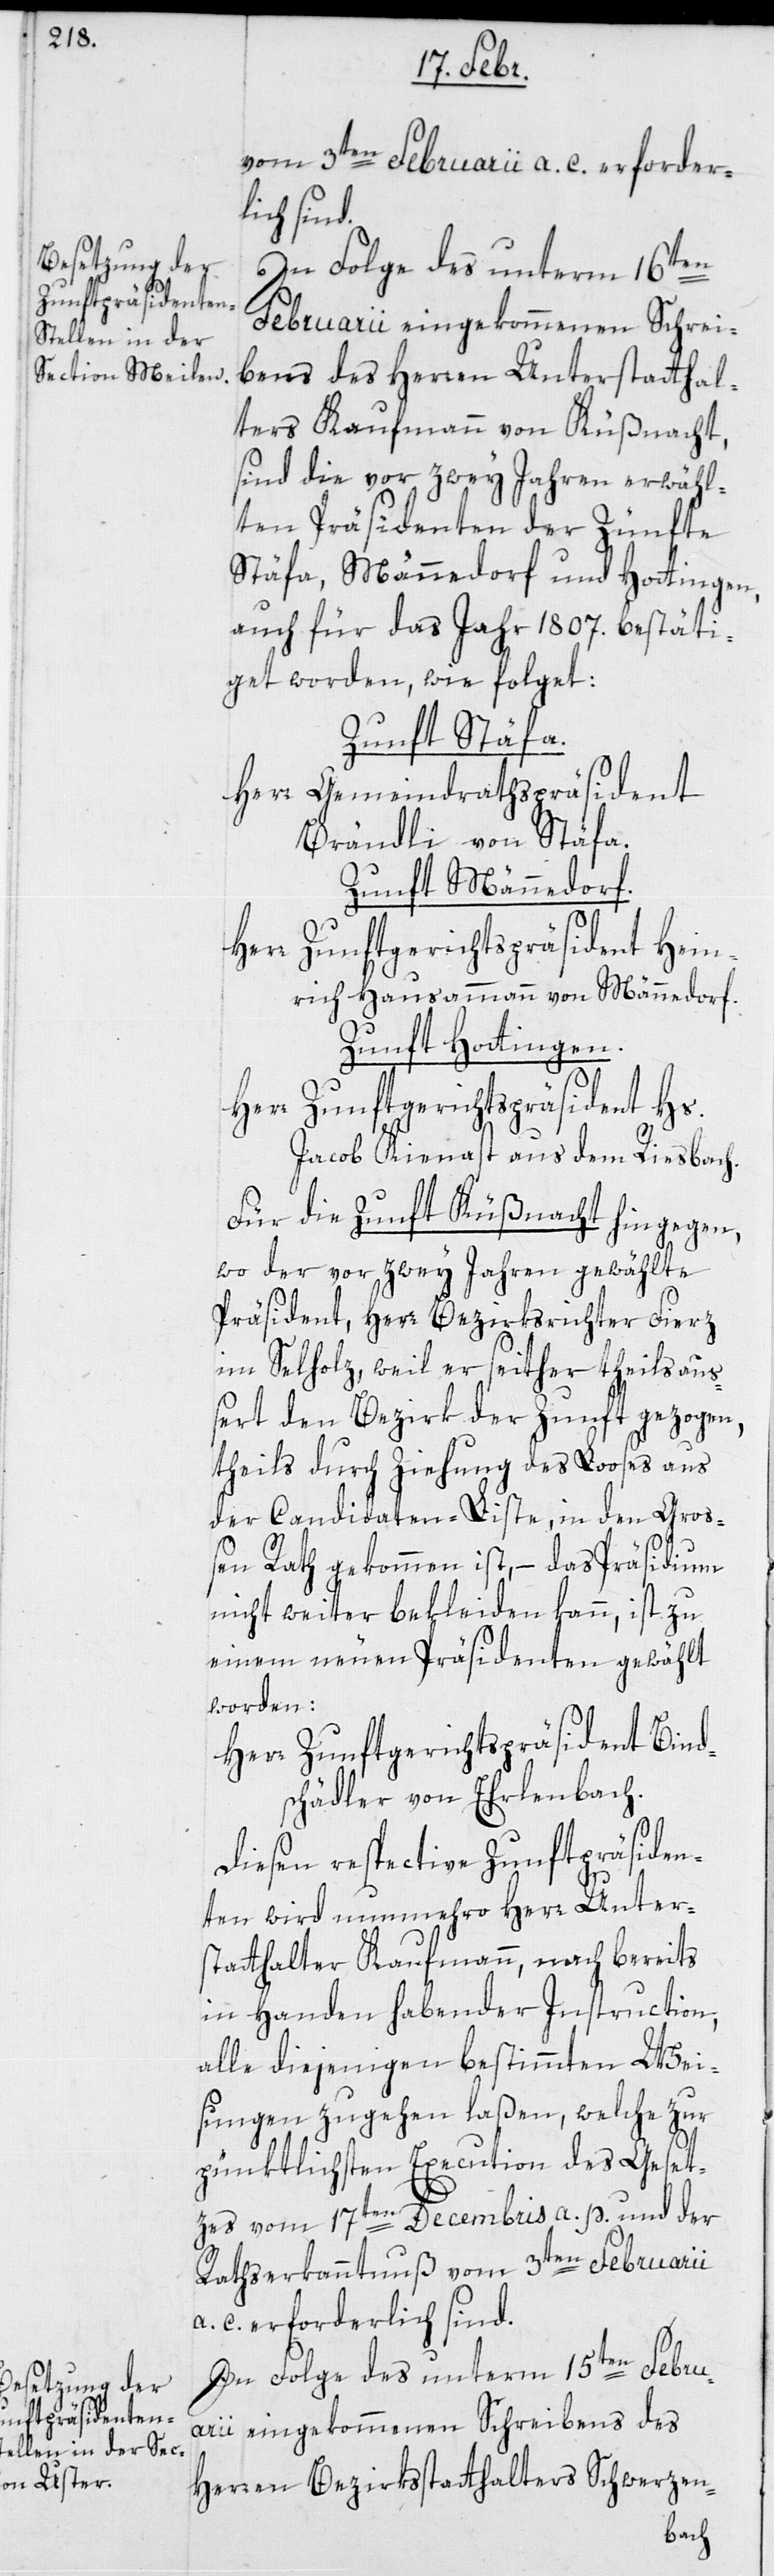
vom 3ten Februarii a. c. erforder¬
lich sind.
In Folge des unterm 16ten
Februarii eingekommenen Schrei¬
bens des Herren Unterstatthal¬
ter Kaufmann von Küßnacht,
sind die vor zwey Jahren erwähl¬
ten Präsidenten der Zünfte
Stäfa, Männedorf und Hottingen,
auch für das Jahr 1807. bestäti¬
get worden, wie folget:
Zunft Stäfa.
Herr Gemeindrathspräsident
Brändli von Stäfa.
Zunft Männedorf.
Herr
Zunftgerichtspräsident Hein¬
rich Hausammann von Männedorf.
Zunft Hottingen.
Herr Zunftgerichtspräsident Hs.
Jacob Kienast aus dem Riesbach.
Für die Zunft Küßnacht hingegen,
wo der vor zwey Jahren gewählte
Präsident, Herr Bezirksrichter Fierz
im Selholz, weil er seither theils aus¬
sert den Bezirk der Zunft gezogen,
theils durch Ziehung des Looses aus
der Candidaten-Liste, in den Gros¬
sen Rath gekommen ist, – das Präsidium
nicht weiter bekleiden kann, ist zu
einem neuen Präsidenten gewählt
worden:
Herr Zunftgerichtspräsident Bind¬
schädler von Erlenbach.
Diesen respective Zunftpräsiden¬
ten wird nunmehro Herr Unter¬
statthalter Kaufmann, nach bereits
in Handen habender Instruction,
alle diejenigen bestimmten Wei¬
sungen zugehen laßen, welche zur
pünktlichsten Execution des Geset¬
zes vom 17ten Decembris a. p. und der
Rathserkanntnuß vom 3ten Februarii
a. c. erforderlich sind.
In Folge des unterm 15ten Febru¬
arii eingekommenen Schreibens des
Herren Bezirksstatthalters Schwerzen-